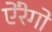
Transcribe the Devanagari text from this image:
ऐंरेगो